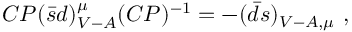
C P ( \bar { s } d ) _ { V - A } ^ { \mu } ( C P ) ^ { - 1 } = - ( \bar { d } s ) _ { V - A , \mu } ~ ,